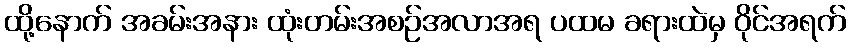
ထို့နောက် အခမ်းအနား ထုံးတမ်းအစဉ်အလာအရ ပထမ ခရားထဲမှ ဝိုင်အရက်